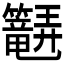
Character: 𬖆